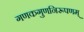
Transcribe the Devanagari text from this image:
गणकगुणनिरूपणम्